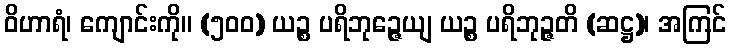
ဝိဟာရံ၊ ကျောင်းကို။ (၅၀၀) ယဉ္စ ပရိဘုဉ္ဇေယျ ယဉ္စ ပရိဘုဉ္ဇတိ (ဆဋ္ဌ)၊ အကြင်